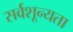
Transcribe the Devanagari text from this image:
सर्वशून्यता